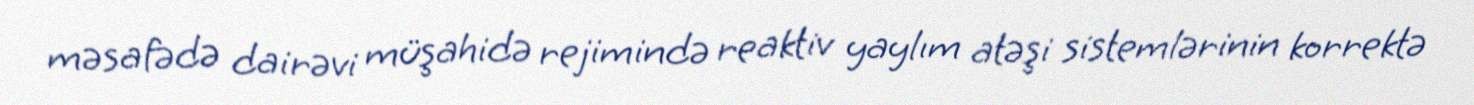
məsafədə dairəvi müşahidə rejimində reaktiv yaylım atəşi sistemlərinin korrektə